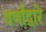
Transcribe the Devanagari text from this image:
वर्णांद्वारे